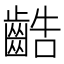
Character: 䶜